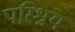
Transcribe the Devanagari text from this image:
परिश्रय